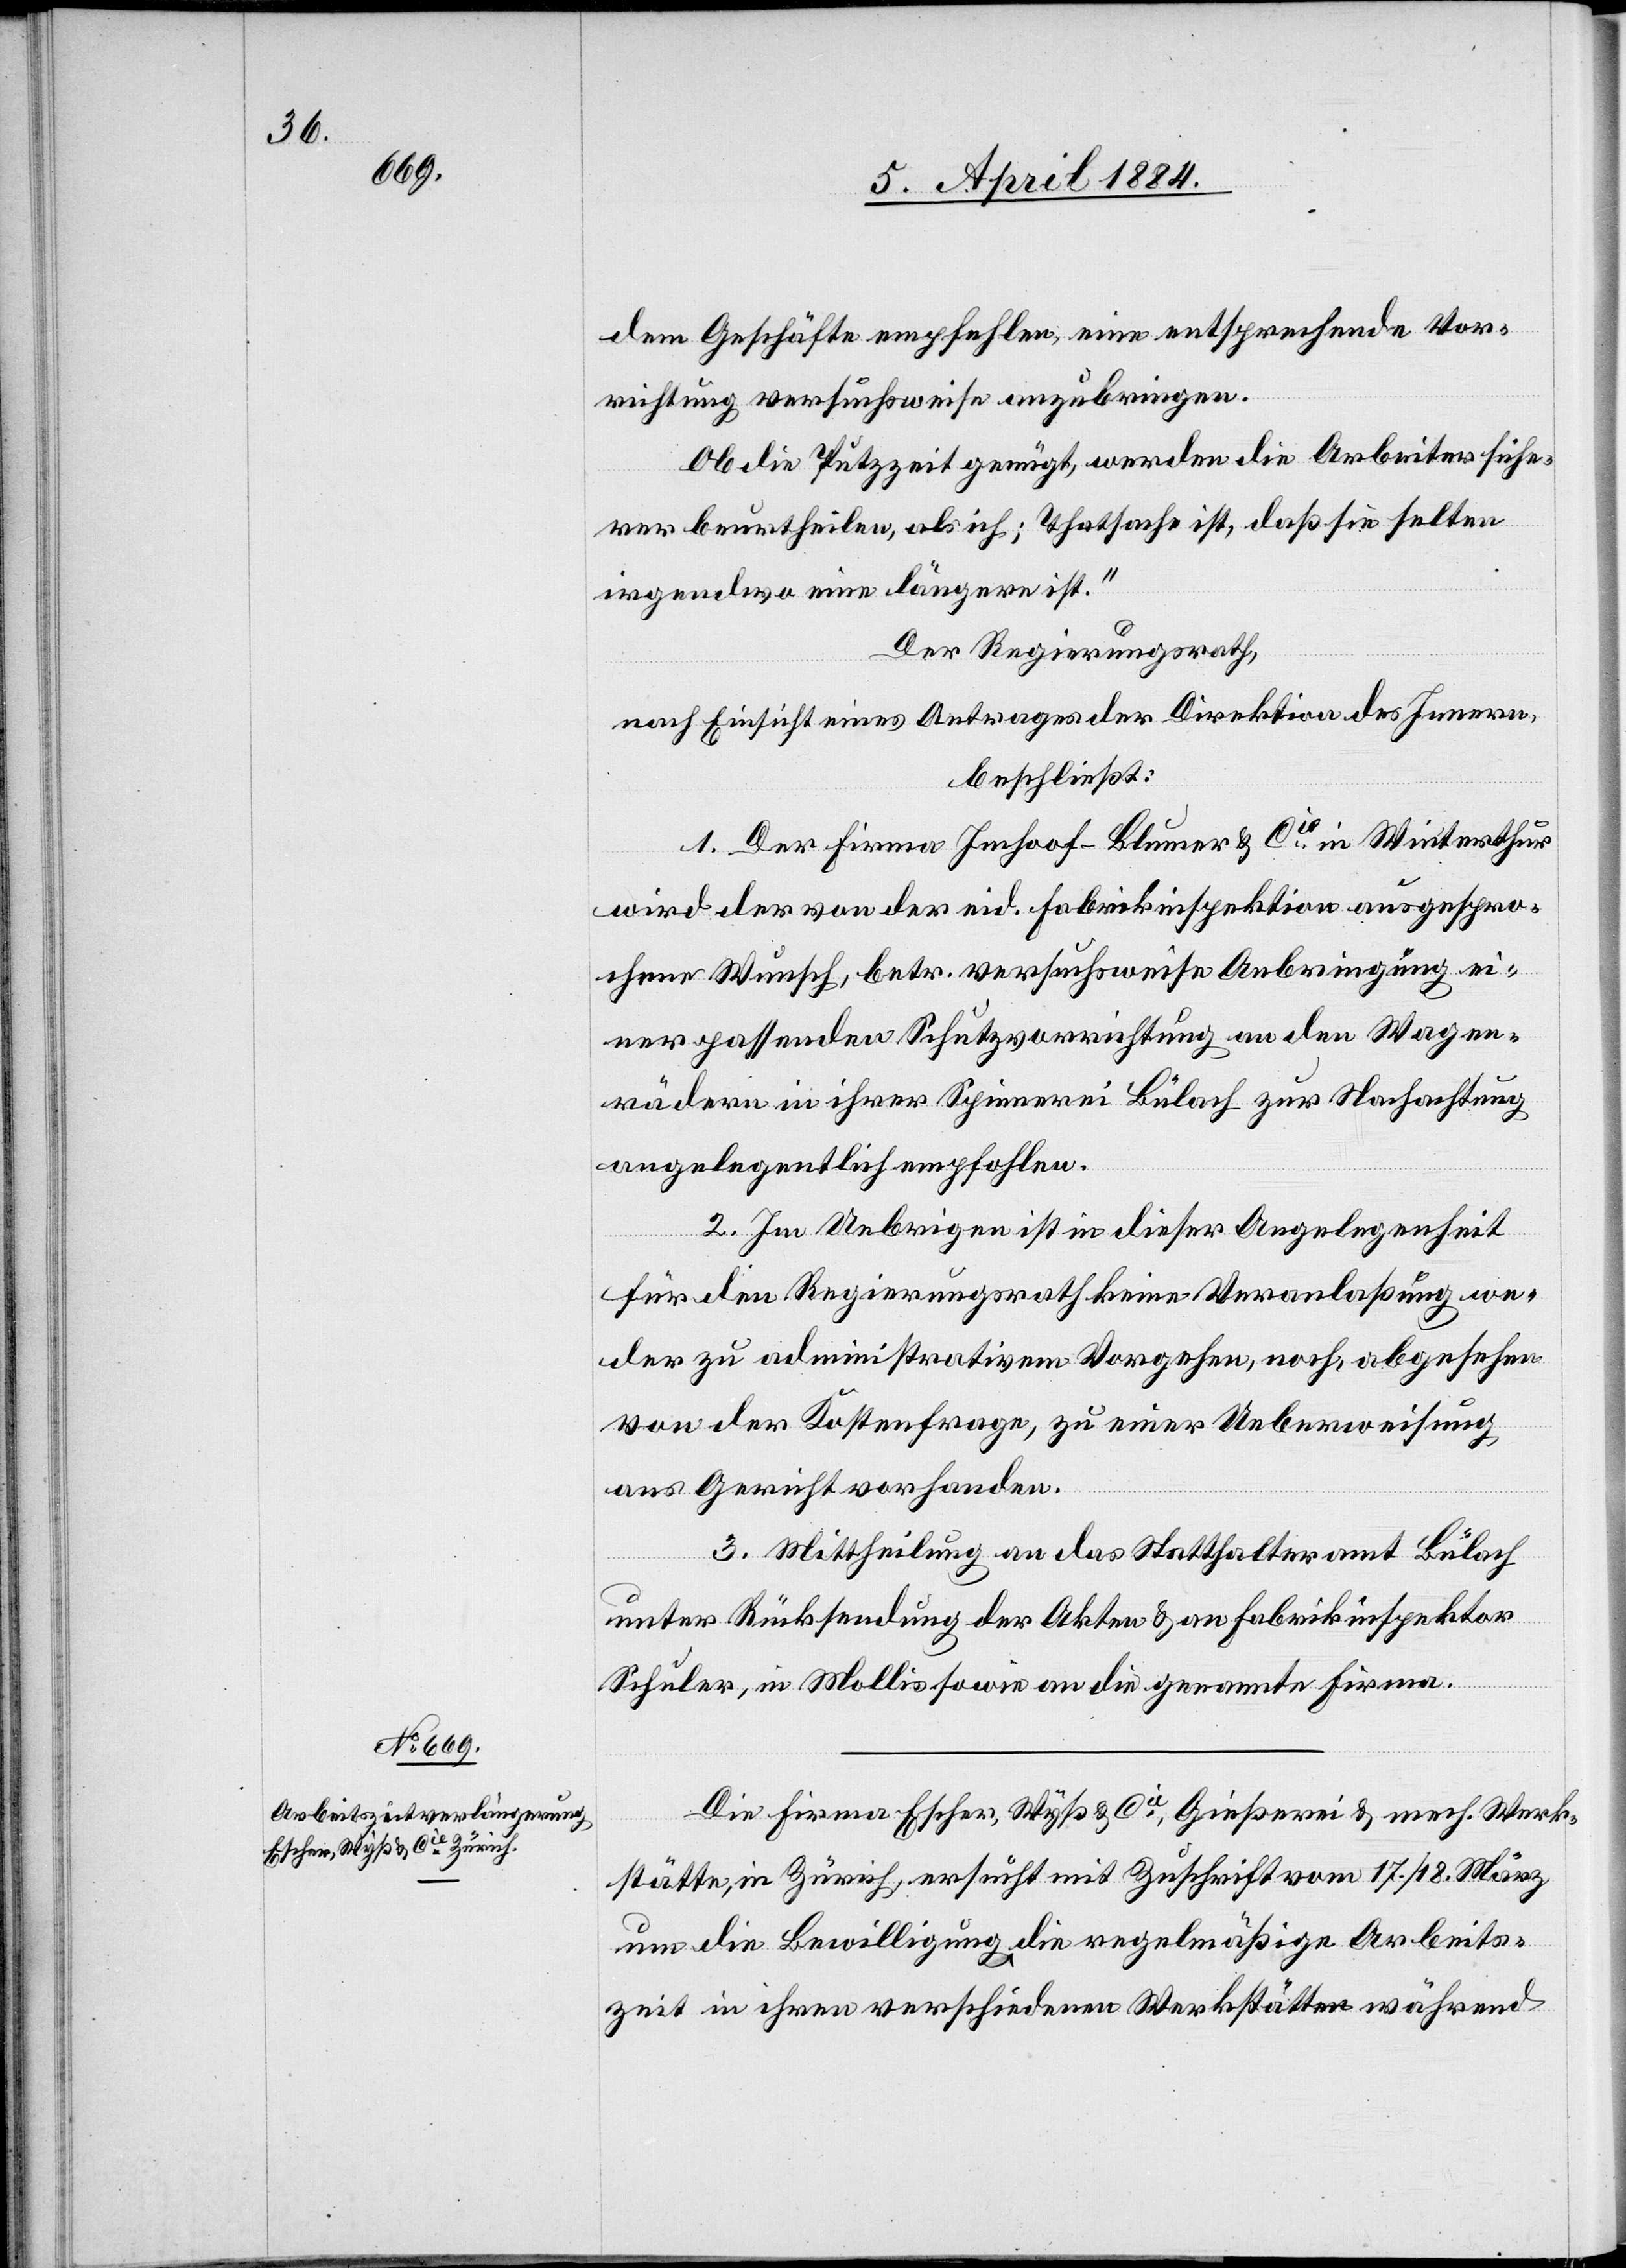
dem Geschäfte empfehlen, eine entsprechende Vor¬
richtung versuchsweise anzubringen.
Ob die Putzzeit genügt, werden die Arbeiter siche¬
rer beurtheilen, als ich; Thatsache ist, daß sie selten
irgendwo eine längere ist.“
Der Regierungsrath,
nach Einsicht eines Antrages der Direktion des Innern,
beschließt:
1. Der Firma Imhoof-Blumer & Cie in Winterthur
wird der von der eid. Fabrikinspektion ausgespro¬
chene Wunsch, betr. versuchsweise Anbringung ei¬
ner passenden Schutzvorrichtung an den Wagen¬
rädern in ihrer Spinnerei Bülach zur Hochachtung
angelegentlich empfohlen.
2. Im Uebrigen ist in dieser Angelegenheit
für den Regierungsrath keine Veranlaßung we¬
der zu administrativen Vorgehen, noch abgesehen
von der Kostenfrage, zu einer Ueberweisung
ans Gericht vorhanden.
3. Mittheilung an das Statthalteramt Bülach
unter Rücksendung der Akten & an Fabrikinspektor
Schuler, in Mollis sowie an die genannte Firma.
Die Firma Escher, Wyß & Cie, Gießerei & mech. Werk¬
stätte, in Zürich, ersucht mit Zuschrift vom 17./18. März
um die Bewilligung die regelmäßige Arbeits¬
zeit in ihren verschiedenen Werkstätten während